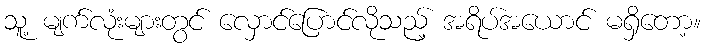
သူ့ မျက်လုံးများတွင် လှောင်ပြောင်လိုသည့် အရိပ်အယောင် မရှိတော့။